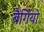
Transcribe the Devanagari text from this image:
बैगियो